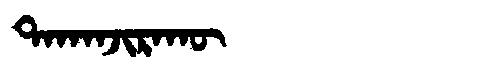
Manchu: ᡨᠠᡴᠠᠨᠵᡳᡵᠠᡴᡡ
Romanization: TAKANJIRAKŪ